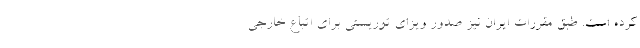
کرده است. طبق مقررات ایران نیز صدور ویزای توریستی برای اتباع خارجی